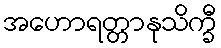
အဟောရတ္တာနုသိက္ခီ